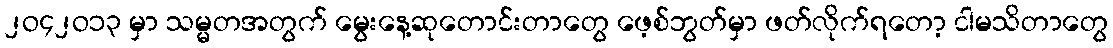
၂ဝ၄၂ဝ၁၃ မှာ သမ္မတအတွက် မွေးနေ့ဆုတောင်းတာတွေ ဖေ့စ်ဘွတ်မှာ ဖတ်လိုက်ရတော့ ငါမသိတာတွေ